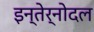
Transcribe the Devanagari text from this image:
इन्तेर्नोदल